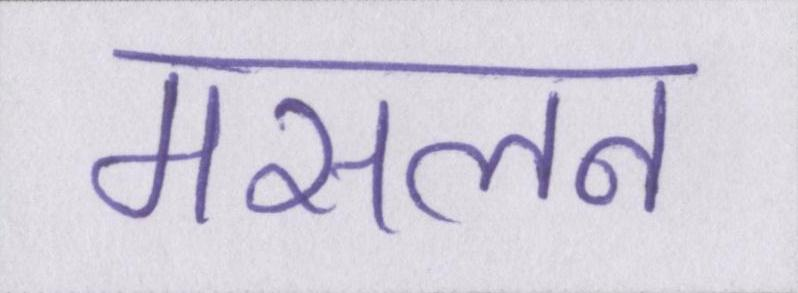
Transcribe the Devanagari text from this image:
मसलन